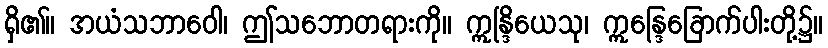
ရှိ၏။ အယံသဘာဝေါ၊ ဤသဘောတရားကို။ ဣန္ဒြိယေသု၊ ဣန္ဒြေခြောက်ပါးတို့၌။